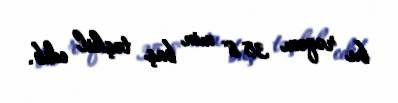
bu rəqəm 35.8 min baş təşkil edib.